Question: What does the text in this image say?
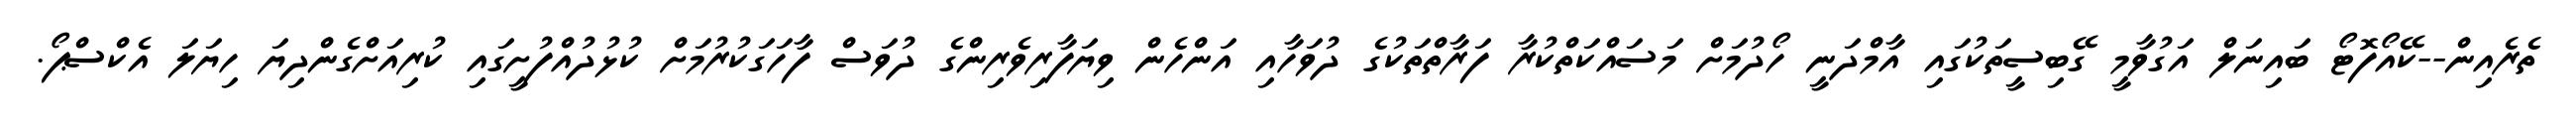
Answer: ތެރެއިން--ކޭއޯފޮޓޯ ބައިނަލް އަގުވާމީ ގޭބިސީތަކުގައި އާމްދަނީ ހޯދުމަށް މަސައްކަތްކުރާ ފަރާތްތަކުގެ ދުވަހާއި އަންހެން ވިޔަފާރިވެރިންގެ ދުވަސް ފާހަގަކުރުމަށް ކުޅުދުއްފުށީގައި ކުރިއަށްގެންދިޔަ ހިޔަލަ އެކްސްޕޯ.